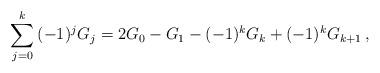
LaTeX: \begin{align*}\sum_{j = 0}^k {( - 1)^j G_j } = 2G_0 - G_1 - ( - 1)^k G_k + ( - 1)^k G_{k + 1}\,,\end{align*}